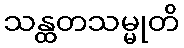
သန္ထတသမ္မုတိ